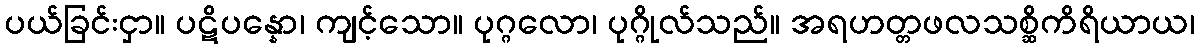
ပယ်ခြင်းငှာ။ ပဋိပန္နော၊ ကျင့်သော။ ပုဂ္ဂလော၊ ပုဂ္ဂိုလ်သည်။ အရဟတ္တဖလသစ္ဆိကိရိယာယ၊